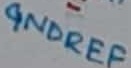
Text: GNDREF